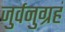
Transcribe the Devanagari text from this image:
जुर्वनुग्रहं